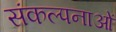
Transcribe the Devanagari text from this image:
संकल्‍पनाओं